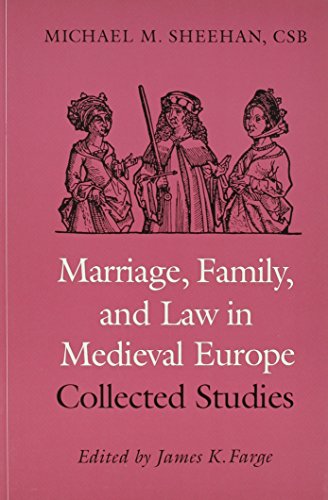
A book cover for Marriage, Family, and Law in Medieval Europe: Collected Studies; Michael M. Sheehan; Self-Help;